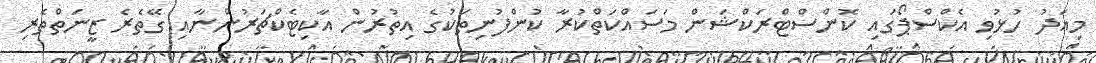
މިއަދު ހުޅުވި އެކްސްޕޯގައި ކޮންސްޓްރަކްޝަން މަސައްކަތްކުރާ ކުންފުނިތަކުގެ އިތުރުން އާކިޓެކްޗަރުންނާއި ގޭތެރެ ޒީނަތްތެރި